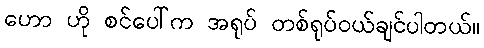
ဟော ဟို စင်ပေါ်က အရုပ် တစ်ရုပ်ဝယ်ချင်ပါတယ်။